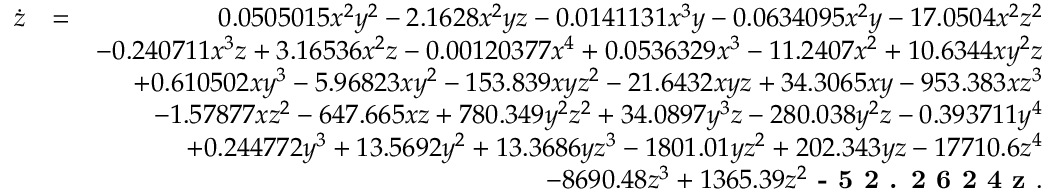
\begin{array} { r l r } { \dot { z } } & { = } & { 0 . 0 5 0 5 0 1 5 x ^ { 2 } y ^ { 2 } - 2 . 1 6 2 8 x ^ { 2 } y z - 0 . 0 1 4 1 1 3 1 x ^ { 3 } y - 0 . 0 6 3 4 0 9 5 x ^ { 2 } y - 1 7 . 0 5 0 4 x ^ { 2 } z ^ { 2 } } \\ & { } & { - 0 . 2 4 0 7 1 1 x ^ { 3 } z + 3 . 1 6 5 3 6 x ^ { 2 } z - 0 . 0 0 1 2 0 3 7 7 x ^ { 4 } + 0 . 0 5 3 6 3 2 9 x ^ { 3 } - 1 1 . 2 4 0 7 x ^ { 2 } + 1 0 . 6 3 4 4 x y ^ { 2 } z } \\ & { } & { + 0 . 6 1 0 5 0 2 x y ^ { 3 } - 5 . 9 6 8 2 3 x y ^ { 2 } - 1 5 3 . 8 3 9 x y z ^ { 2 } - 2 1 . 6 4 3 2 x y z + 3 4 . 3 0 6 5 x y - 9 5 3 . 3 8 3 x z ^ { 3 } } \\ & { } & { - 1 . 5 7 8 7 7 x z ^ { 2 } - 6 4 7 . 6 6 5 x z + 7 8 0 . 3 4 9 y ^ { 2 } z ^ { 2 } + 3 4 . 0 8 9 7 y ^ { 3 } z - 2 8 0 . 0 3 8 y ^ { 2 } z - 0 . 3 9 3 7 1 1 y ^ { 4 } } \\ & { } & { + 0 . 2 4 4 7 7 2 y ^ { 3 } + 1 3 . 5 6 9 2 y ^ { 2 } + 1 3 . 3 6 8 6 y z ^ { 3 } - 1 8 0 1 . 0 1 y z ^ { 2 } + 2 0 2 . 3 4 3 y z - 1 7 7 1 0 . 6 z ^ { 4 } } \\ & { } & { - 8 6 9 0 . 4 8 z ^ { 3 } + 1 3 6 5 . 3 9 z ^ { 2 } \textbf { - 5 2 . 2 6 2 4 z } . } \end{array}